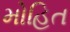
મોહિત